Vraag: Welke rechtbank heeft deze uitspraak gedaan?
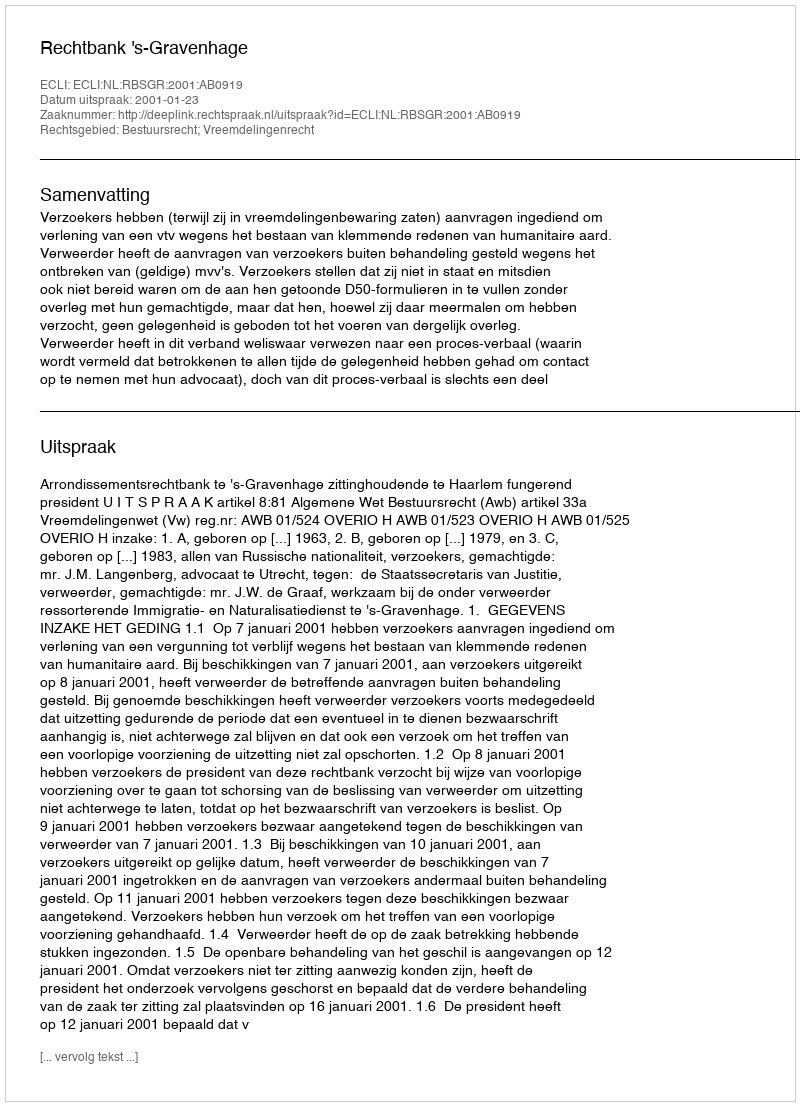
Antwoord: Rechtbank 's-Gravenhage